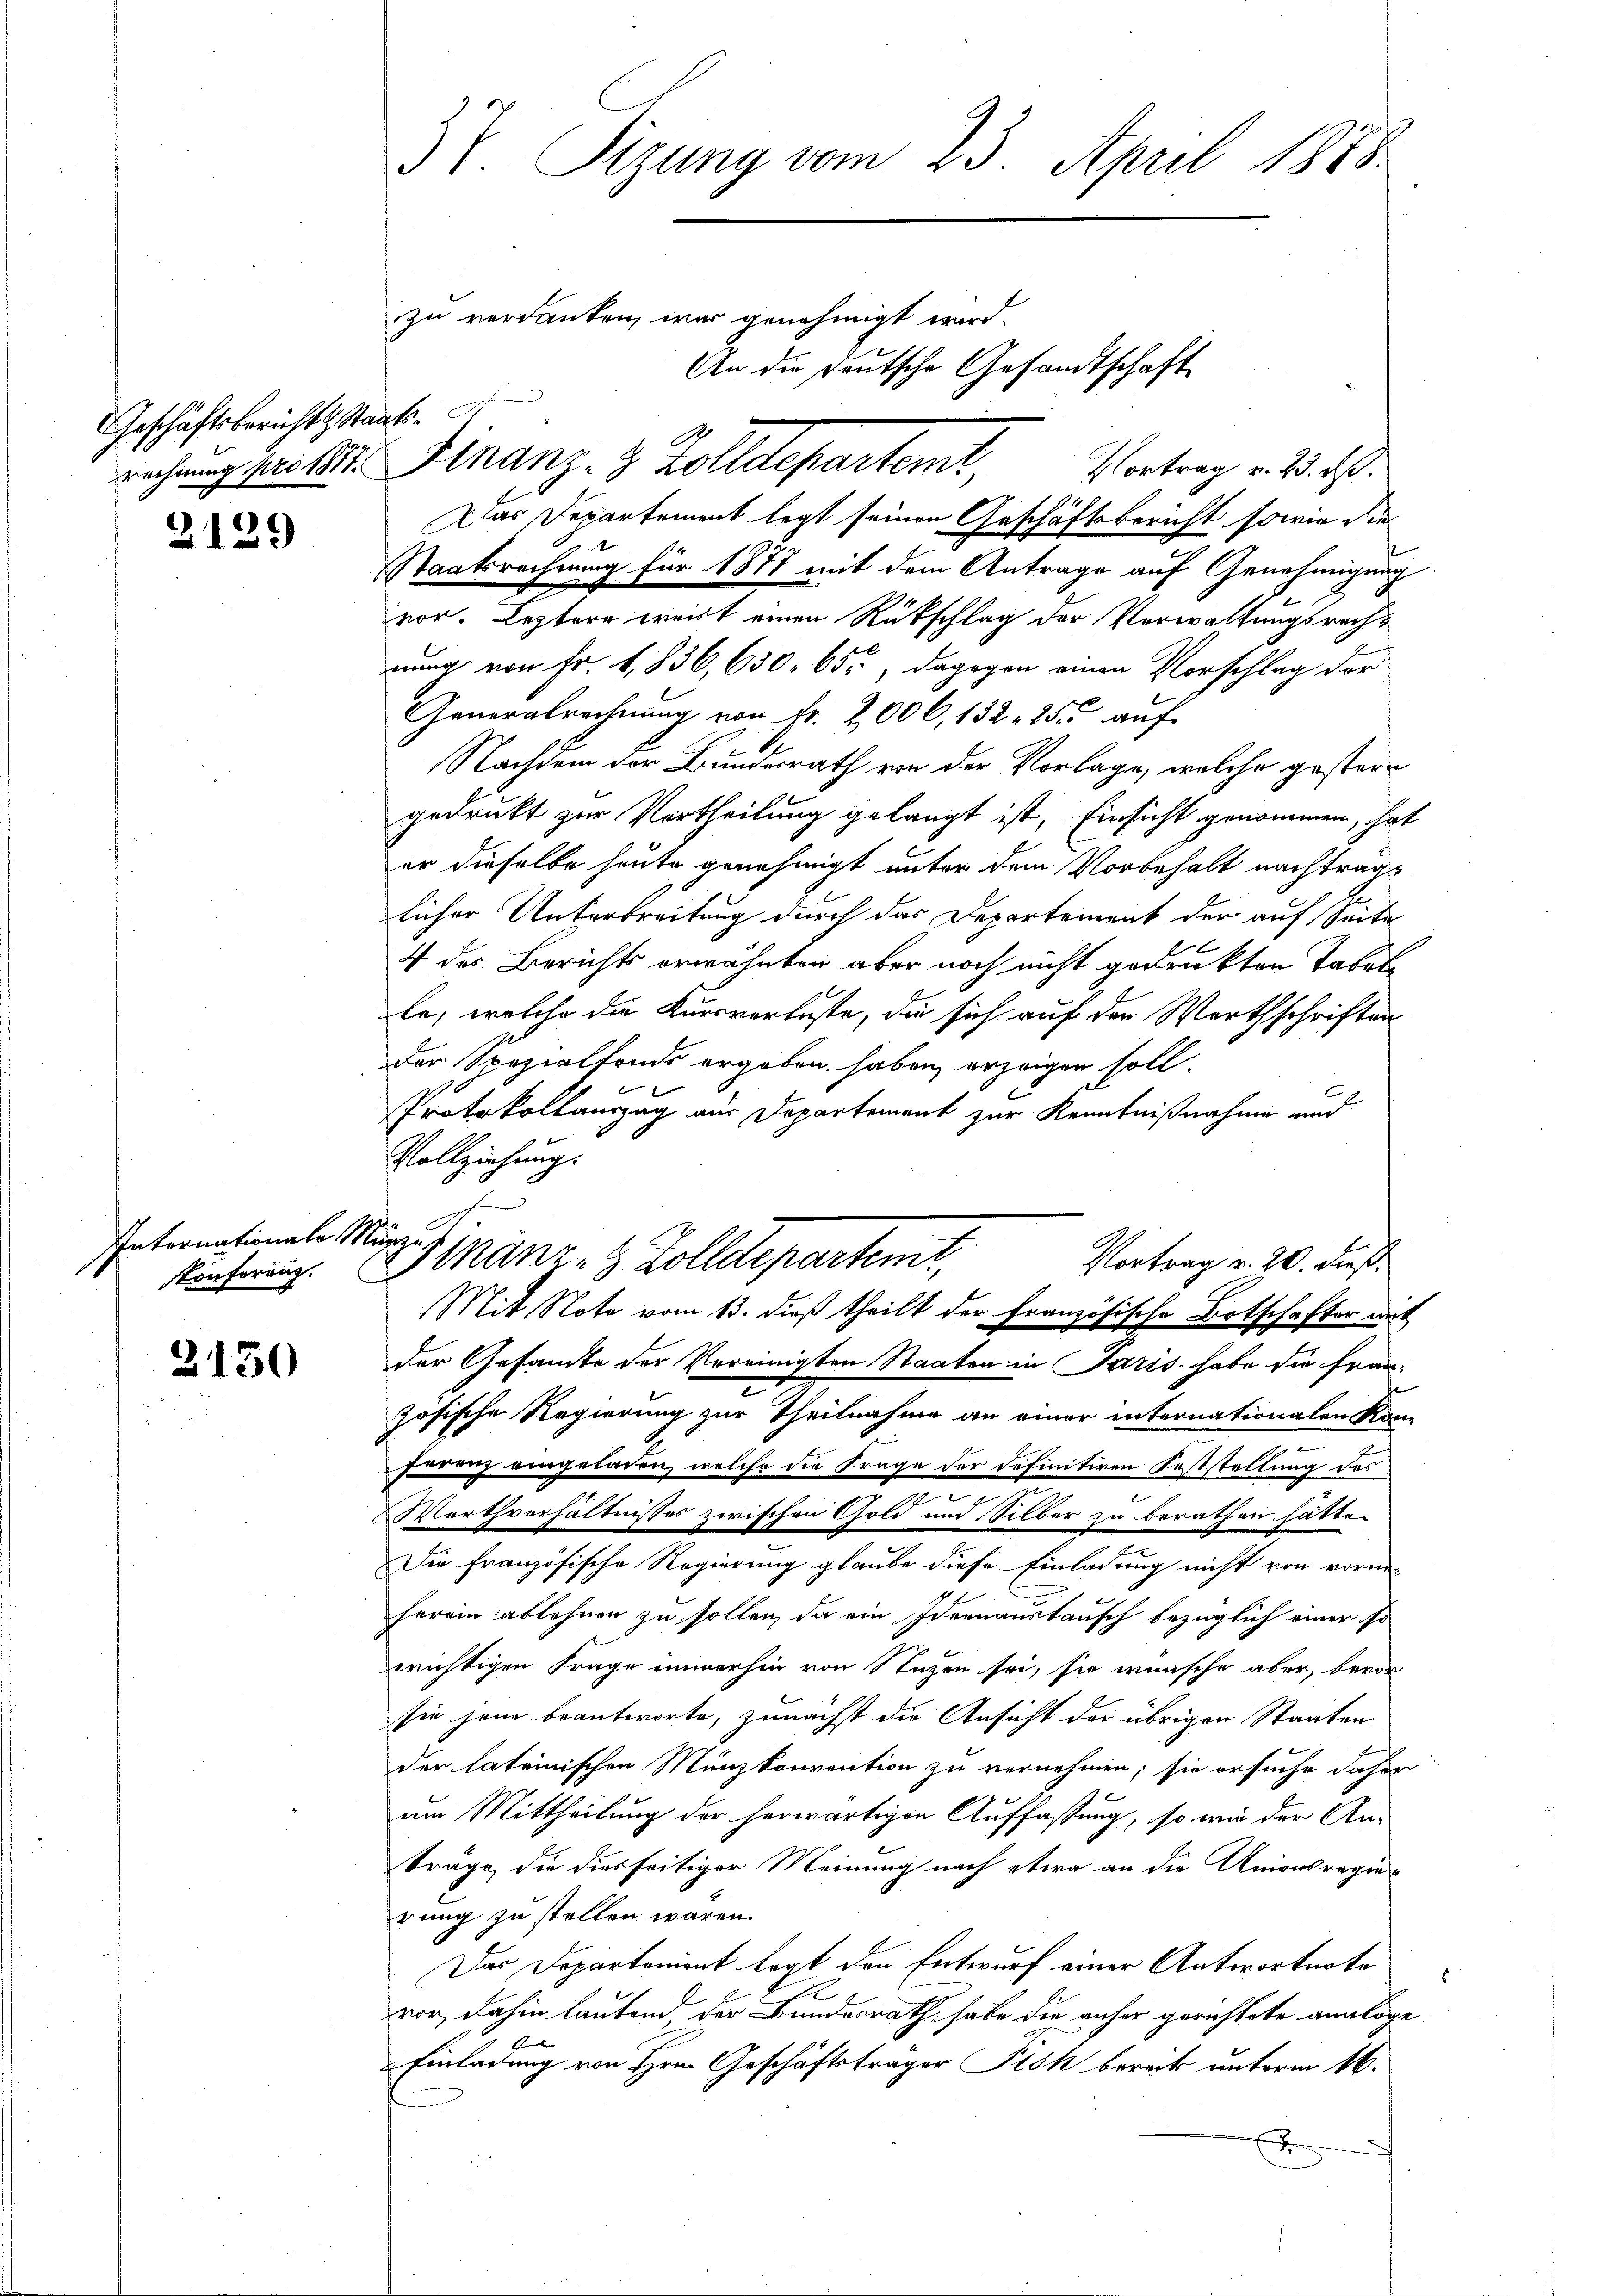
Geschäftsbericht Sta
rechnung pro 1877.

2139

Internationale Münze
Konferung.

2150

3 f. Sizung vom 23. April 1888

.
Finanz- & Zolldepartent

zu verdanken war genehmigt wird.
An die Deutsche Gesandtschaft

Vortrag u. 23. ds.
Das Departement legt seinen Geschäftsbericht sowie die
Staatsrechnung für 1877 mit dem Antrage auf Genehmigung
vor. Leztere weit einen Rückschlag der Verwaltungsrechnung von Fr. 1,836, 630, 65, dagegen einen Vorschlag der
Generalrechnŭng von Fr. 2000, 132, 25. auf
Nachdem der Bundesrath von der Vorlage, welche gestern
gedrukt zur Vertheilung gelangt ist, Einsicht genommen, hat
er dieselbe heute genehmigt unter dem Vorbehalt nachtragt
licher Unterbreitung durch das Departement der auf Seite
4 des Berichts erwähnten aber noch nicht gedrukten Tabelle, welche die Kurrverluste, die sich auf den Werthschriften
der Spezialfonds ergeben haben, erzeigen soll.
Protokollauszug aus Departement zur Kenntnißnahme und
Vollziehung.
der Gesamte der Vereinigten Staaten in Paris habe die fran-
zösische Regierung zur Theilnahme an einer internationalen Kon-
Franz eingeladen, welche die Frage der definitiven Feststellung des
.
Werthverhältnisses zwischen Gold und Silber zu berathen hätte.
u
Dir französische Regierung glaube diese Einladung nicht von vorne-
herrin ablehnen zu sollen, da ein Ideenanstausch bezüglich einer so
wichtigen Frage immerhin von Stegen sei, sie wünsche aber, bevor
sie jene beantworte, zunächst die Ansicht der übrigen Staaten
der lateinischen Münzkonvention zu vernehmen; sie ersuche daher
um Mittheilung der herwärtigen Auffassung, so wir der An-
träge, die diesseitiger Meinung nach etwa an die Unionsregier
rung zu stellen wären.
Das Departement legt den Entwurf einer Antwortuote
von, dahin lautend der Bundesrath habe die anher gerichtete analoge
Einladung von Hrn. Geschäftsträger Pisk bereits unterm 16.
J

Finanz- & Zolldepartenir,
Vortrag v. 20. dieß.
Mit Note vom 13. dieß theilt der Französische Botschafter mit